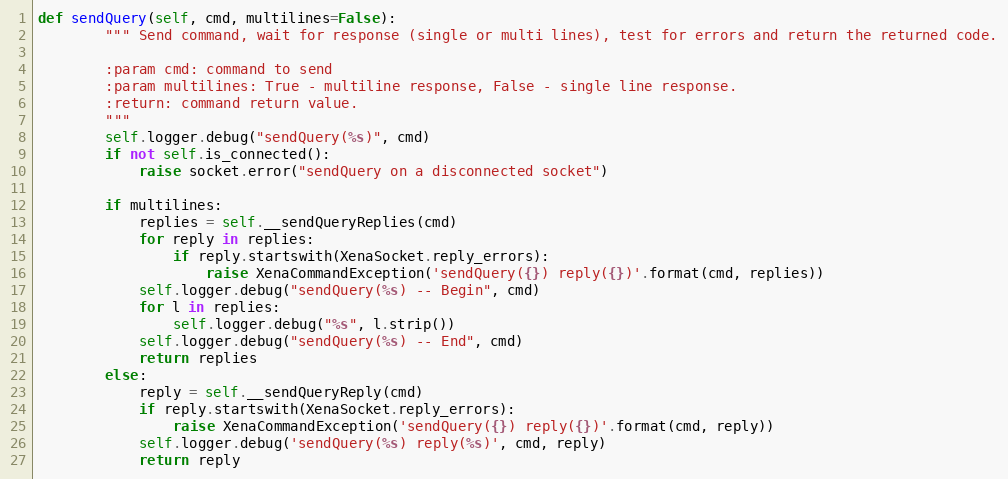
Language: Python
def sendQuery(self, cmd, multilines=False):
        """ Send command, wait for response (single or multi lines), test for errors and return the returned code.

        :param cmd: command to send
        :param multilines: True - multiline response, False - single line response.
        :return: command return value.
        """
        self.logger.debug("sendQuery(%s)", cmd)
        if not self.is_connected():
            raise socket.error("sendQuery on a disconnected socket")

        if multilines:
            replies = self.__sendQueryReplies(cmd)
            for reply in replies:
                if reply.startswith(XenaSocket.reply_errors):
                    raise XenaCommandException('sendQuery({}) reply({})'.format(cmd, replies))
            self.logger.debug("sendQuery(%s) -- Begin", cmd)
            for l in replies:
                self.logger.debug("%s", l.strip())
            self.logger.debug("sendQuery(%s) -- End", cmd)
            return replies
        else:
            reply = self.__sendQueryReply(cmd)
            if reply.startswith(XenaSocket.reply_errors):
                raise XenaCommandException('sendQuery({}) reply({})'.format(cmd, reply))
            self.logger.debug('sendQuery(%s) reply(%s)', cmd, reply)
            return reply